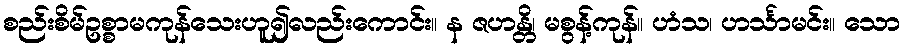
စည်းစိမ်ဥစ္စာမကုန်သေးဟူ၍လည်းကောင်း။ န ဇဟန္တိ၊ မစွန့်ကုန်။ ဟံသ၊ ဟင်္သာမင်း။ သော